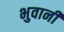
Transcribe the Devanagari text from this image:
भुवानी